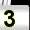
Digit: 3